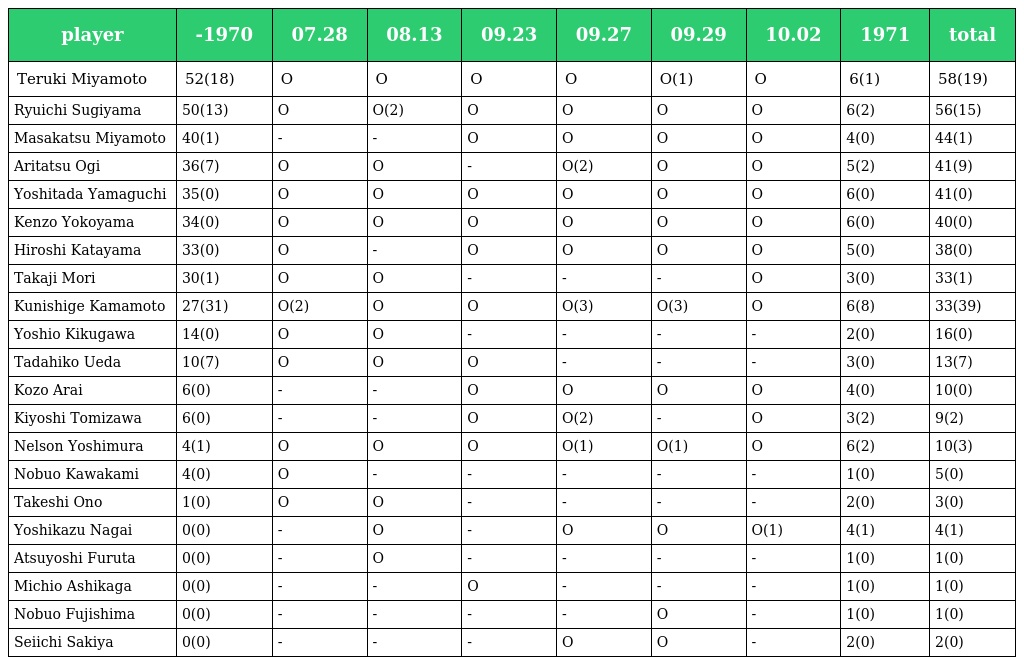
| player | -1970 | 07.28 | 08.13 | 09.23 | 09.27 | 09.29 | 10.02 | 1971 | total |
 | --- | --- | --- | --- | --- | --- | --- | --- | --- | --- |
 | Teruki Miyamoto | 52(18) | O | O | O | O | O(1) | O | 6(1) | 58(19) |
 | Ryuichi Sugiyama | 50(13) | O | O(2) | O | O | O | O | 6(2) | 56(15) |
 | Masakatsu Miyamoto | 40(1) | - | - | O | O | O | O | 4(0) | 44(1) |
 | Aritatsu Ogi | 36(7) | O | O | - | O(2) | O | O | 5(2) | 41(9) |
 | Yoshitada Yamaguchi | 35(0) | O | O | O | O | O | O | 6(0) | 41(0) |
 | Kenzo Yokoyama | 34(0) | O | O | O | O | O | O | 6(0) | 40(0) |
 | Hiroshi Katayama | 33(0) | O | - | O | O | O | O | 5(0) | 38(0) |
 | Takaji Mori | 30(1) | O | O | - | - | - | O | 3(0) | 33(1) |
 | Kunishige Kamamoto | 27(31) | O(2) | O | O | O(3) | O(3) | O | 6(8) | 33(39) |
 | Yoshio Kikugawa | 14(0) | O | O | - | - | - | - | 2(0) | 16(0) |
 | Tadahiko Ueda | 10(7) | O | O | O | - | - | - | 3(0) | 13(7) |
 | Kozo Arai | 6(0) | - | - | O | O | O | O | 4(0) | 10(0) |
 | Kiyoshi Tomizawa | 6(0) | - | - | O | O(2) | - | O | 3(2) | 9(2) |
 | Nelson Yoshimura | 4(1) | O | O | O | O(1) | O(1) | O | 6(2) | 10(3) |
 | Nobuo Kawakami | 4(0) | O | - | - | - | - | - | 1(0) | 5(0) |
 | Takeshi Ono | 1(0) | O | O | - | - | - | - | 2(0) | 3(0) |
 | Yoshikazu Nagai | 0(0) | - | O | - | O | O | O(1) | 4(1) | 4(1) |
 | Atsuyoshi Furuta | 0(0) | - | O | - | - | - | - | 1(0) | 1(0) |
 | Michio Ashikaga | 0(0) | - | - | O | - | - | - | 1(0) | 1(0) |
 | Nobuo Fujishima | 0(0) | - | - | - | - | O | - | 1(0) | 1(0) |
 | Seiichi Sakiya | 0(0) | - | - | - | O | O | - | 2(0) | 2(0) |